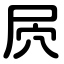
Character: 屄